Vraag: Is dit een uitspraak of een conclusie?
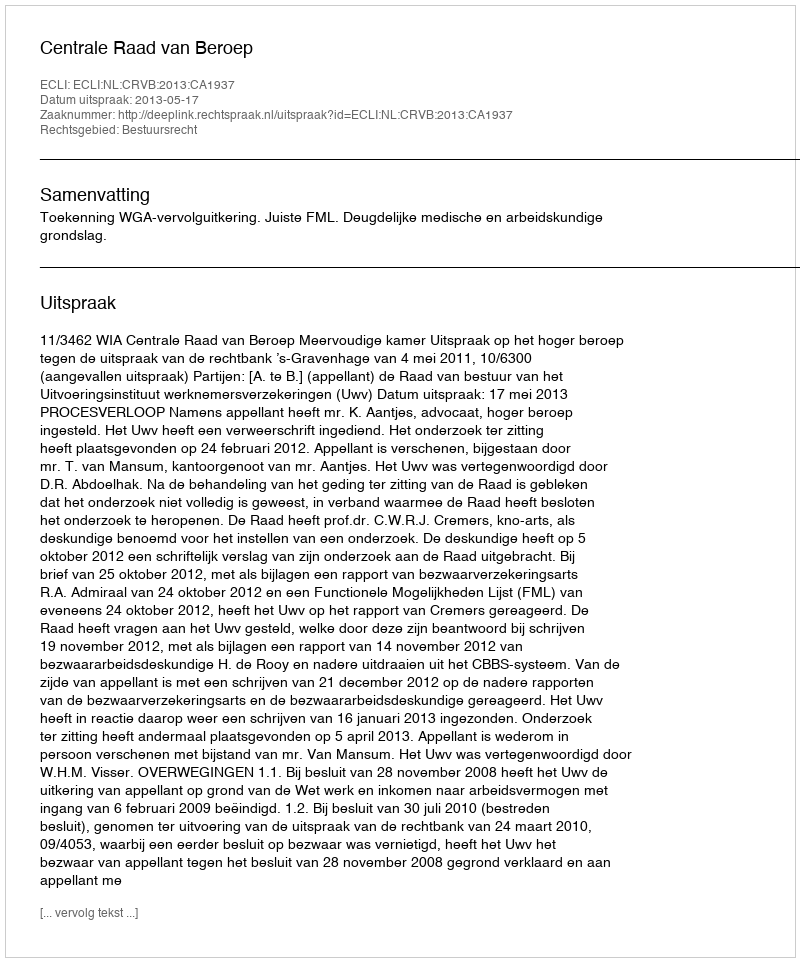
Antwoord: Uitspraak